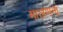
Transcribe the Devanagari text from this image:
मालणना